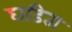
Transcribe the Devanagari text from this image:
घडिता